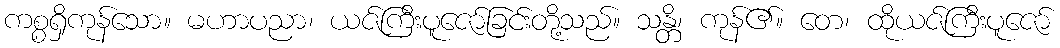
ကစ္စရှိကုန်သော။ မဟာပညာ၊ ယဇ်ကြီးပူဇော်ခြင်းတို့သည်။ သန္တိ၊ ကုန်၏။ တေ၊ ထိုယဇ်ကြီးပူဇော်